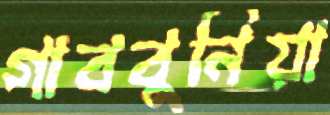
গাববুনিয়া